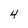
Character: 4